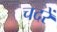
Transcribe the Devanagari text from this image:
चदरें